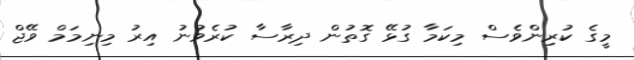
މީގެ ކުރިންވެސް މިކަމާ ގުޅޭ ގޮތުން ދިރާސާ ކުރެވުނު އިރު މިނިމަމް ވޭޖް